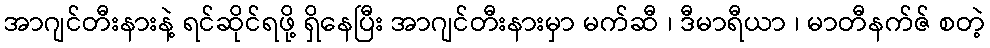
အာဂျင်တီးနားနဲ့ ရင်ဆိုင်ရဖို့ ရှိနေပြီး အာဂျင်တီးနားမှာ မက်ဆီ ၊ ဒီမာရီယာ ၊ မာတီနက်ဇ် စတဲ့